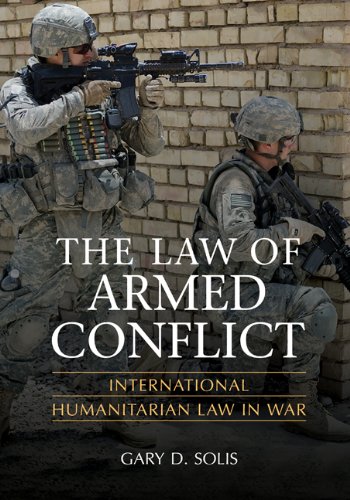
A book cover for The Law of Armed Conflict: International Humanitarian Law in War; Gary D. Solis; Law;